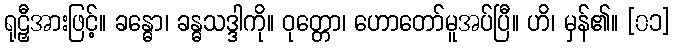
ရုဠှီအားဖြင့်။ ခန္ဓော၊ ခန္ဓသဒ္ဒါကို။ ဝုတ္တော၊ ဟောတော်မူအပ်ပြီ။ ဟိ၊ မှန်၏။ [၀၁]